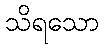
သိရသော